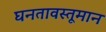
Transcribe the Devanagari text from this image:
घनतावस्तूमान